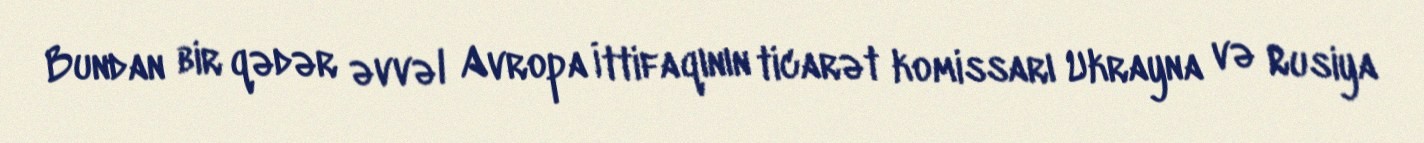
Bundan bir qədər əvvəl Avropa İttifaqının ticarət komissarı Ukrayna və Rusiya